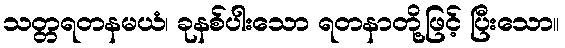
သတ္တရတနမယံ၊ ခုနစ်ပါးသော ရတနာတို့ဖြင့် ပြီးသော။